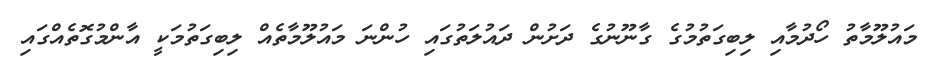
މައުލޫމާތު ހޯދުމާއި ލިބިގަތުމުގެ ގާނޫނުގެ ދަށުން ދައުލަތުގައި ހުންނަ މައުލޫމާތެއް ލިބިގަތުމަކީ އާންމުގޮތެއްގައި